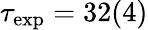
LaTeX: \tau_{\mathrm{{exp}}}=32(4)